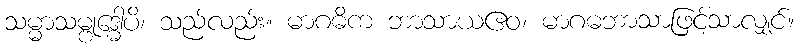
သမ္မာသမ္ဗုဒ္ဓေါပိ၊ သည်လည်း။ မာဂဓိက ဘာသာယဧဝ၊ မာဂဓဘာသာဖြင့်သာလျှင်။